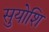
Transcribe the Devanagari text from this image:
सुयोशि